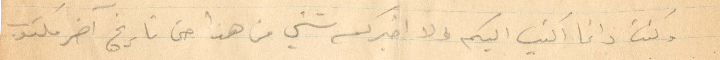
وكنت دائمًا اكتب اليكم ولا اخبركم شيء من هذا حتى تاريخ آخر مكتوب.